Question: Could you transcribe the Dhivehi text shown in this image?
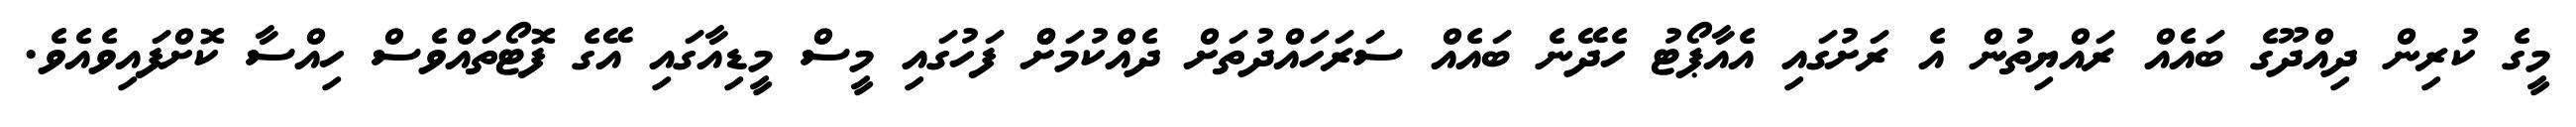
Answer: މީގެ ކުރިން ދިއްދޫގެ ބައެއް ރައްޔިތުން އެ ރަށުގައި އެއާޕޯޓު ހެދޭނެ ބައެއް ސަރަހައްދުތަށް ދެއްކުމަށްް ފަހުގައި މީސް މީޑިއާގައި އޭގެ ފޮޓޯތައްވެސް ހިއްސާ ކޮށްފައިވެއެވެ.